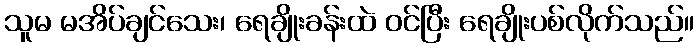
သူမ မအိပ်ချင်သေး၊ ရေချိုးခန်းထဲ ဝင်ပြီး ရေချိုးပစ်လိုက်သည်။